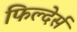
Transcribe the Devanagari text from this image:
फिल्देर्स